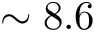
\sim 8 . 6